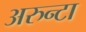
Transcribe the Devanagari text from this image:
अरुन्टा